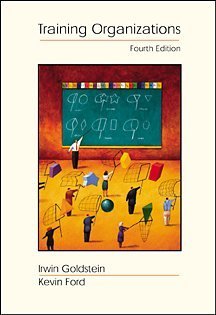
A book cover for Training in Organizations: Needs Assessment, Development, and Evaluation (with InfoTrac); Irwin L. Goldstein; Medical Books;